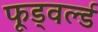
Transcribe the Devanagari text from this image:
फूड्वर्ल्ड